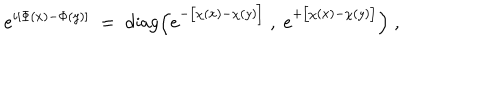
e ^ { i [ \Phi ( x ) - \Phi ( y ) ] } \; = \; \mathrm { d i a g } \Big ( e ^ { - \big [ \chi ( x ) - \chi ( y ) \big ] } \; , \; e ^ { + \big [ \chi ( x ) - \chi ( y ) \big ] } \Big ) \; ,